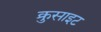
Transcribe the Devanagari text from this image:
क्रुसाइट